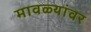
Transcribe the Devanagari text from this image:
मावळ्यांवर